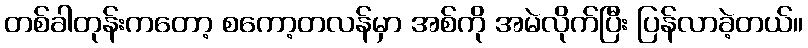
တစ်ခါတုန်းကတော့ စကော့တလန်မှာ အစ်ကို အမဲလိုက်ပြီး ပြန်လာခဲ့တယ်။